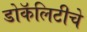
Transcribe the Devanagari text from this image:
डोकॅलिटीचे